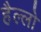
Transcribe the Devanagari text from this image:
हैल्लो